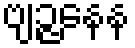
ဗျဉ္ဇနေန